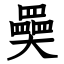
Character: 奰